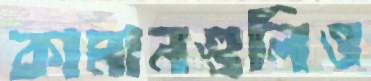
কামানগুলিও